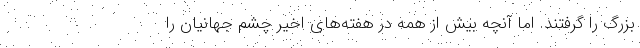
بزرگ را گرفتند. اما آنچه بیش از همه در هفته‌های اخیر چشم جهانیان را